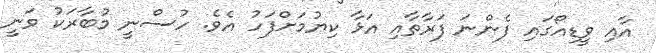
އާއި ވީޑިއޯގައި ފެންނަ ފަރާތާއި އަޅާ ކިޔުމަށްފަހު އެވެ. ހުސްނީ މުބާރަކު ވަނީ